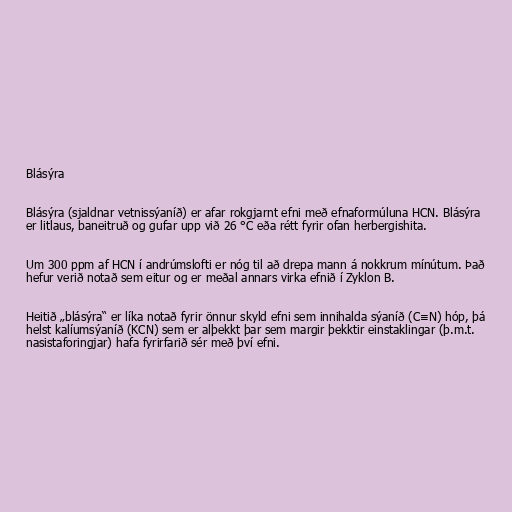
Blásýra

Blásýra (sjaldnar vetnissýaníð) er afar rokgjarnt efni með efnaformúluna HCN. Blásýra
er litlaus, baneitruð og gufar upp við 26 °C eða rétt fyrir ofan herbergishita.

Um 300 ppm af HCN í andrúmslofti er nóg til að drepa mann á nokkrum mínútum. Það
hefur verið notað sem eitur og er meðal annars virka efnið í Zyklon B.

Heitið „blásýra“ er líka notað fyrir önnur skyld efni sem innihalda sýaníð (C≡N) hóp, þá
helst kalíumsýaníð (KCN) sem er alþekkt þar sem margir þekktir einstaklingar (þ.m.t.
nasistaforingjar) hafa fyrirfarið sér með því efni.